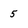
Character: 5